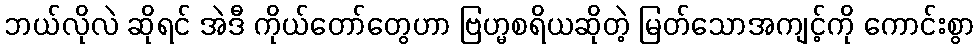
ဘယ်လိုလဲ ဆိုရင် အဲဒီ ကိုယ်တော်တွေဟာ ဗြဟ္မစရိယဆိုတဲ့ မြတ်သောအကျင့်ကို ကောင်းစွာ